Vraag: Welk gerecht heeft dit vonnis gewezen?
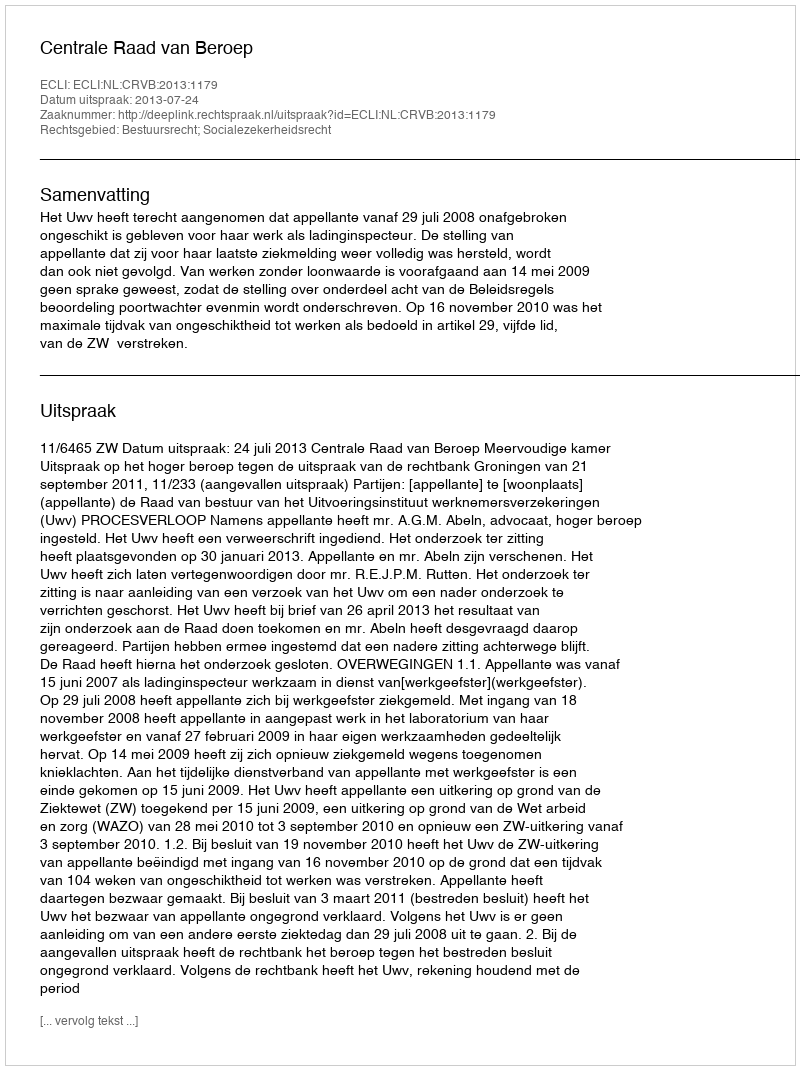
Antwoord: Centrale Raad van Beroep